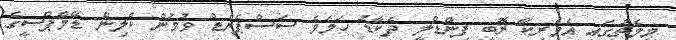
މިމެޗުގައި އެމެރިކާ ރޮބީ ފިންޑްލީ ދެކާޑު ހަމަވެ ސަސްޕެންޑް ވުމުން ކްލިން ޑޭމްޕްސީގެ